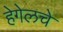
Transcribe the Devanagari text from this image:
हेगेलचे